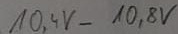
Text: 10,4V-10,8V